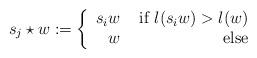
LaTeX: \begin{align*}s_j\star w:=\left\lbrace\begin{array}{rr}s_iw&\textrm{ if }l(s_iw)>l(w)\\w&\textrm{ else}\end{array}\right.\end{align*}